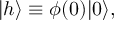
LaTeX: | h \rangle \equiv \phi ( 0 ) | 0 \rangle ,